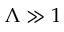
\Lambda \gg 1